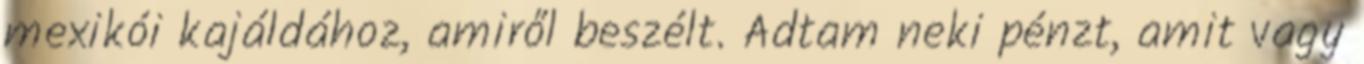
mexikói kajáldához, amiről beszélt. Adtam neki pénzt, amit vagy